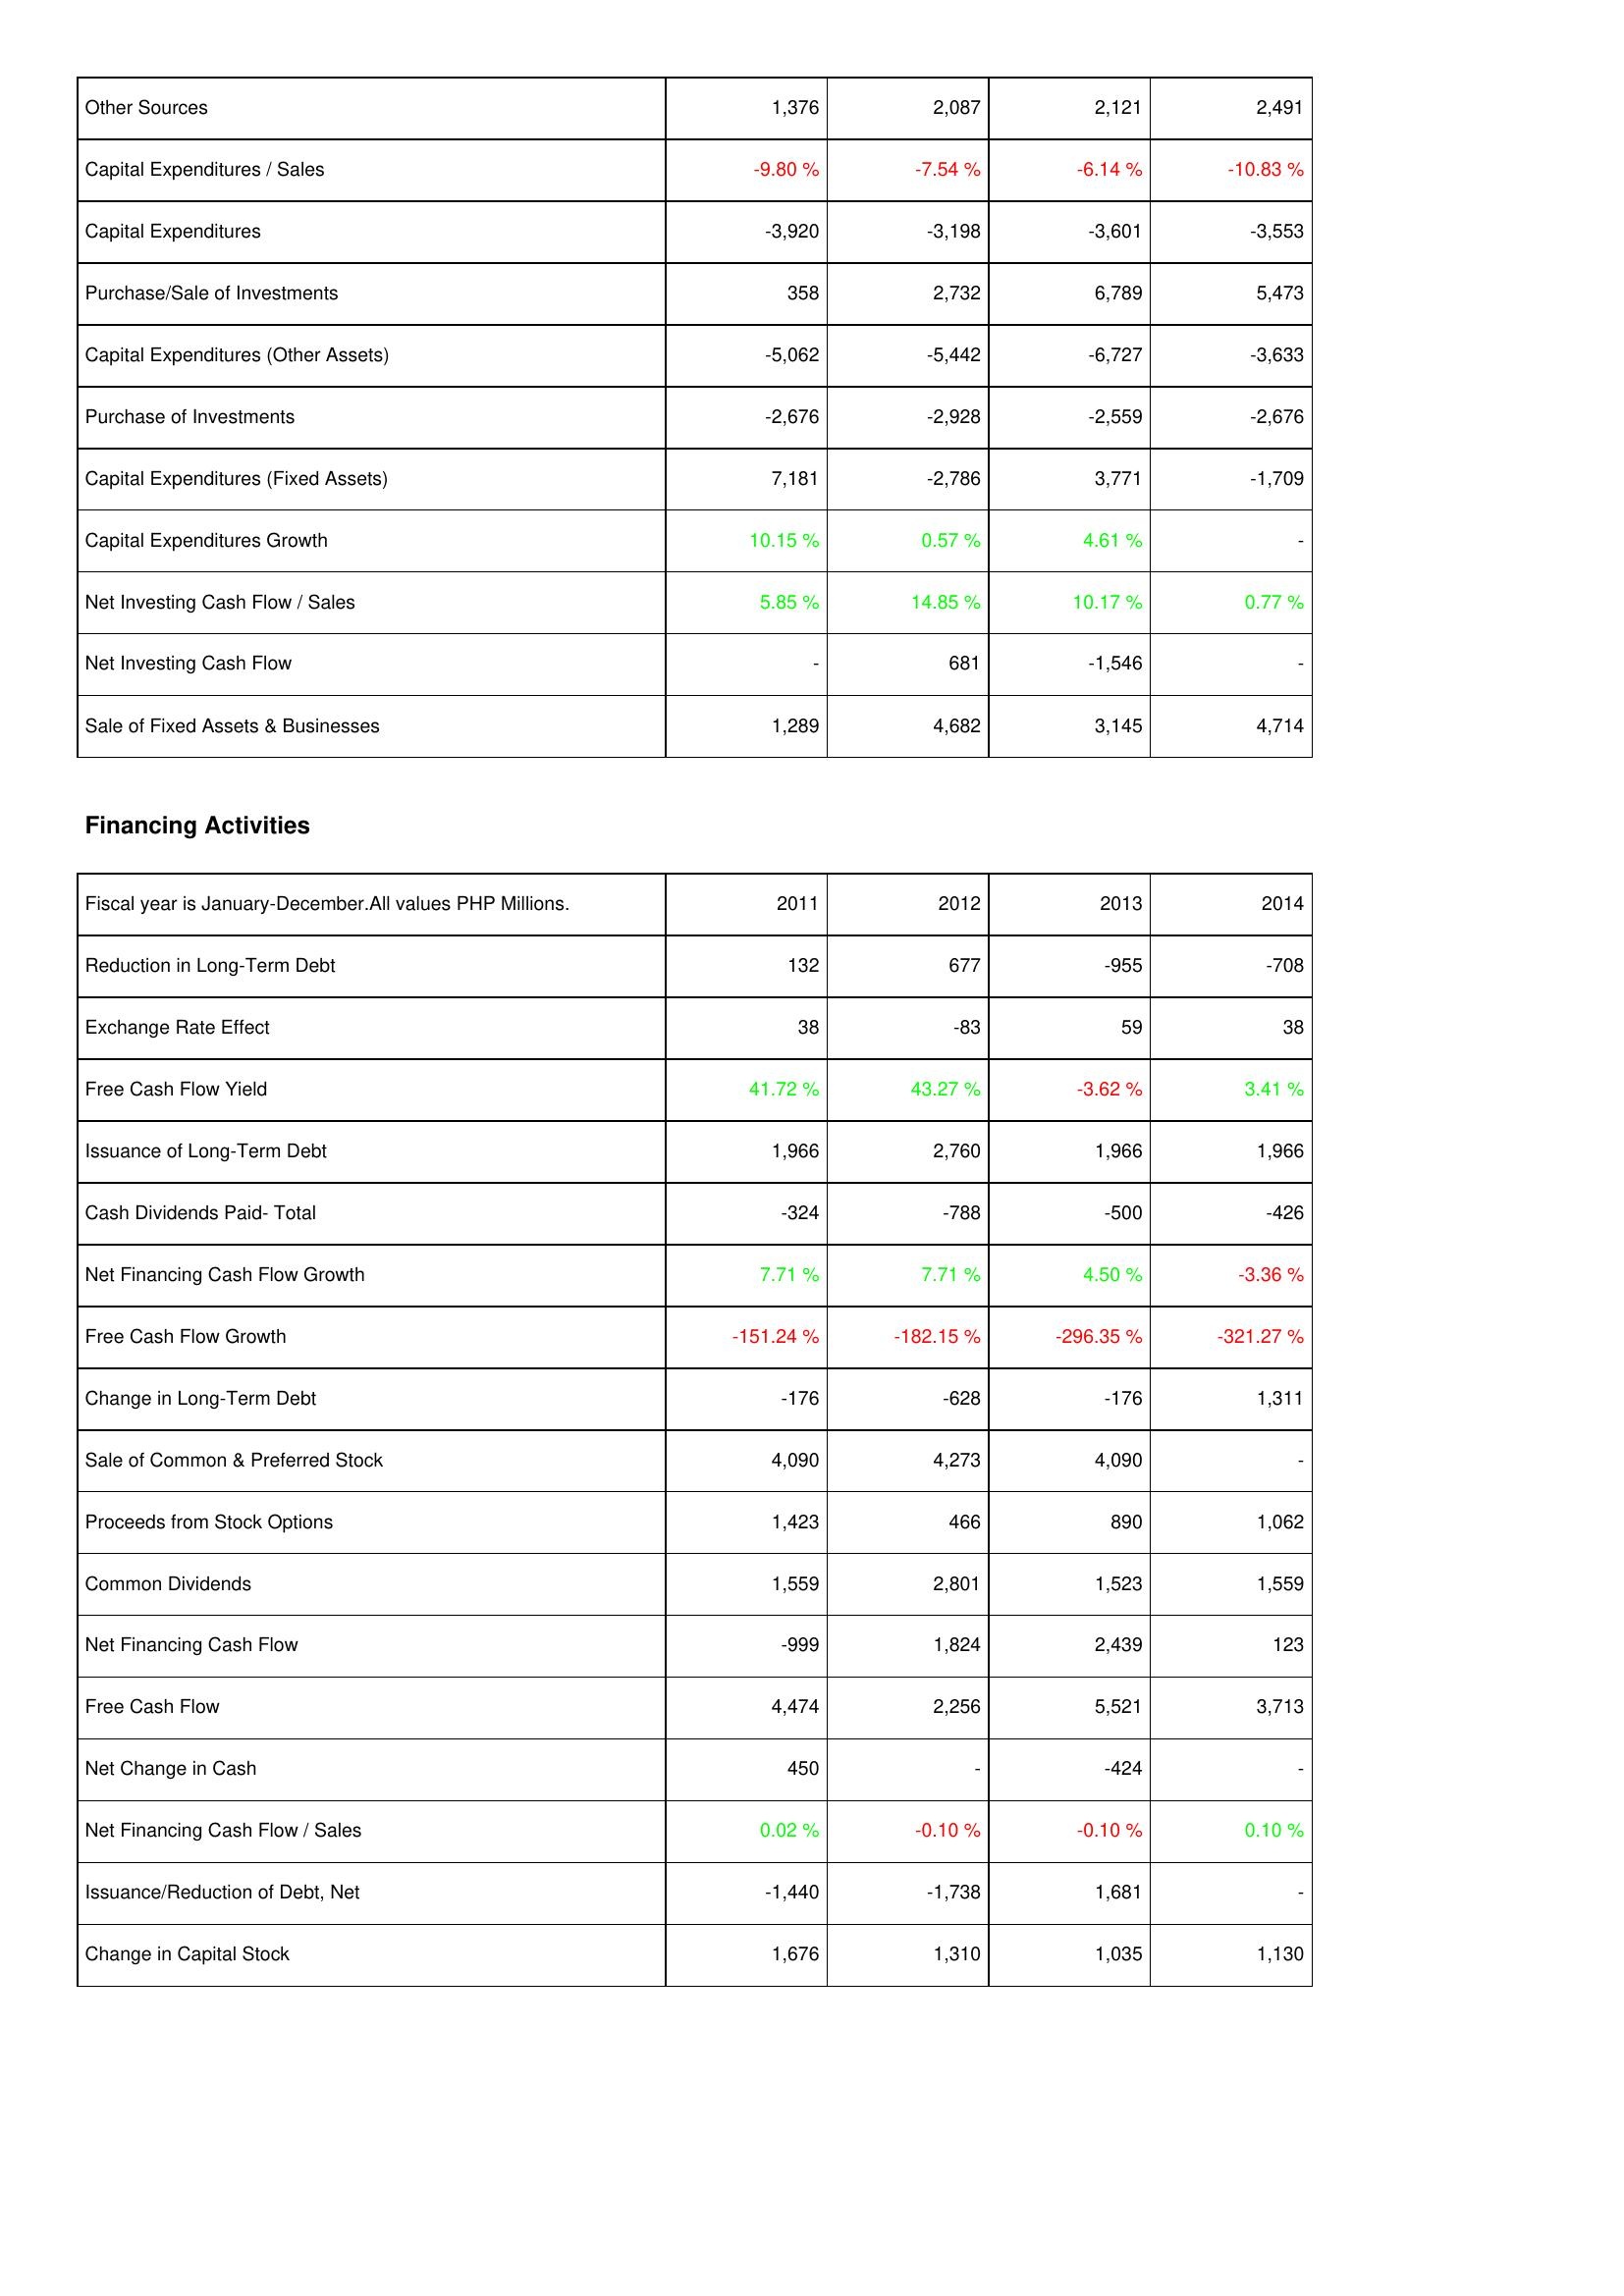
2011: Investing Activities: Other Sources: 1,376
Capital Expenditures / Sales: -9.80 %
Capital Expenditures: -3,920
Purchase/Sale of Investments: 358
Capital Expenditures (Other Assets): -5,062
Purchase of Investments: -2,676
Capital Expenditures (Fixed Assets): 7,181
Capital Expenditures Growth: 10.15 %
Net Investing Cash Flow / Sales: 5.85 %
Net Investing Cash Flow: -
Sale of Fixed Assets & Businesses: 1,289
Financing Activities: Reduction in Long-Term Debt: 132
Exchange Rate Effect: 38
Free Cash Flow Yield: 41.72 %
Issuance of Long-Term Debt: 1,966
Cash Dividends Paid- Total: -324
Net Financing Cash Flow Growth: 7.71 %
Free Cash Flow Growth: -151.24 %
Change in Long-Term Debt: -176
Sale of Common & Preferred Stock: 4,090
Proceeds from Stock Options: 1,423
Common Dividends: 1,559
Net Financing Cash Flow: -999
Free Cash Flow: 4,474
Net Change in Cash: 450
Net Financing Cash Flow / Sales: 0.02 %
Issuance/Reduction of Debt, Net: -1,440
Change in Capital Stock: 1,676
2012: Investing Activities: Other Sources: 2,087
Capital Expenditures / Sales: -7.54 %
Capital Expenditures: -3,198
Purchase/Sale of Investments: 2,732
Capital Expenditures (Other Assets): -5,442
Purchase of Investments: -2,928
Capital Expenditures (Fixed Assets): -2,786
Capital Expenditures Growth: 0.57 %
Net Investing Cash Flow / Sales: 14.85 %
Net Investing Cash Flow: 681
Sale of Fixed Assets & Businesses: 4,682
Financing Activities: Reduction in Long-Term Debt: 677
Exchange Rate Effect: -83
Free Cash Flow Yield: 43.27 %
Issuance of Long-Term Debt: 2,760
Cash Dividends Paid- Total: -788
Net Financing Cash Flow Growth: 7.71 %
Free Cash Flow Growth: -182.15 %
Change in Long-Term Debt: -628
Sale of Common & Preferred Stock: 4,273
Proceeds from Stock Options: 466
Common Dividends: 2,801
Net Financing Cash Flow: 1,824
Free Cash Flow: 2,256
Net Change in Cash: -
Net Financing Cash Flow / Sales: -0.10 %
Issuance/Reduction of Debt, Net: -1,738
Change in Capital Stock: 1,310
2013: Investing Activities: Other Sources: 2,121
Capital Expenditures / Sales: -6.14 %
Capital Expenditures: -3,601
Purchase/Sale of Investments: 6,789
Capital Expenditures (Other Assets): -6,727
Purchase of Investments: -2,559
Capital Expenditures (Fixed Assets): 3,771
Capital Expenditures Growth: 4.61 %
Net Investing Cash Flow / Sales: 10.17 %
Net Investing Cash Flow: -1,546
Sale of Fixed Assets & Businesses: 3,145
Financing Activities: Reduction in Long-Term Debt: -955
Exchange Rate Effect: 59
Free Cash Flow Yield: -3.62 %
Issuance of Long-Term Debt: 1,966
Cash Dividends Paid- Total: -500
Net Financing Cash Flow Growth: 4.50 %
Free Cash Flow Growth: -296.35 %
Change in Long-Term Debt: -176
Sale of Common & Preferred Stock: 4,090
Proceeds from Stock Options: 890
Common Dividends: 1,523
Net Financing Cash Flow: 2,439
Free Cash Flow: 5,521
Net Change in Cash: -424
Net Financing Cash Flow / Sales: -0.10 %
Issuance/Reduction of Debt, Net: 1,681
Change in Capital Stock: 1,035
2014: Investing Activities: Other Sources: 2,491
Capital Expenditures / Sales: -10.83 %
Capital Expenditures: -3,553
Purchase/Sale of Investments: 5,473
Capital Expenditures (Other Assets): -3,633
Purchase of Investments: -2,676
Capital Expenditures (Fixed Assets): -1,709
Capital Expenditures Growth: -
Net Investing Cash Flow / Sales: 0.77 %
Net Investing Cash Flow: -
Sale of Fixed Assets & Businesses: 4,714
Financing Activities: Reduction in Long-Term Debt: -708
Exchange Rate Effect: 38
Free Cash Flow Yield: 3.41 %
Issuance of Long-Term Debt: 1,966
Cash Dividends Paid- Total: -426
Net Financing Cash Flow Growth: -3.36 %
Free Cash Flow Growth: -321.27 %
Change in Long-Term Debt: 1,311
Sale of Common & Preferred Stock: -
Proceeds from Stock Options: 1,062
Common Dividends: 1,559
Net Financing Cash Flow: 123
Free Cash Flow: 3,713
Net Change in Cash: -
Net Financing Cash Flow / Sales: 0.10 %
Issuance/Reduction of Debt, Net: -
Change in Capital Stock: 1,130